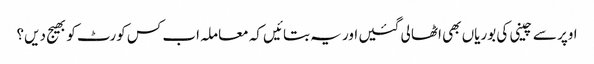
اوپر سے چینی کی بوریاں بھی اٹھا لی گئیں اور یہ بتائیں کہ معاملہ اب کس کورٹ کو بھیج دیں؟